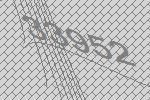
33952